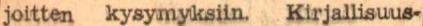
joitten kysymyksiin. Kirjallisuus-